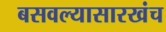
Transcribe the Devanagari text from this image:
बसवल्यासारखंच